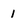
Character: 1